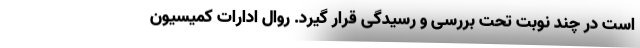
است در چند نوبت تحت بررسی و رسیدگی قرار گیرد. روال ادارات کمیسیون